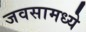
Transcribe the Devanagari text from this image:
जवसामध्ये